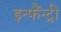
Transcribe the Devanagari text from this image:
इन्फैंन्ट्री